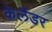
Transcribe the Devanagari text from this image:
केलैंडर